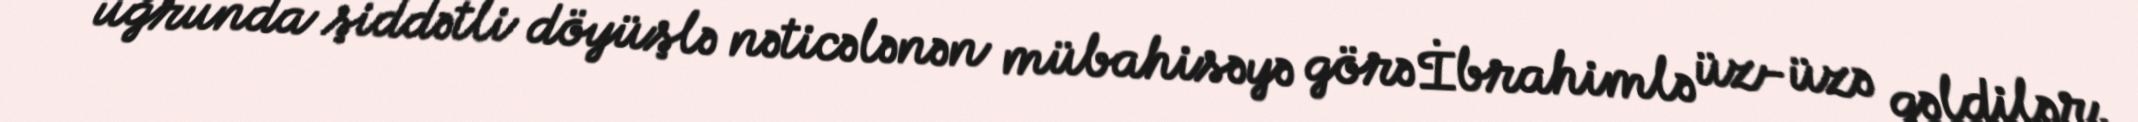
uğrunda şiddətli döyüşlə nəticələnən mübahisəyə görə İbrahimlə üz-üzə gəldilər.